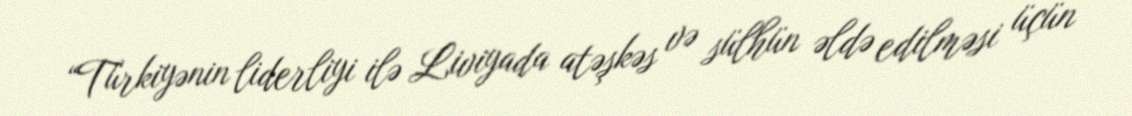
“Türkiyənin liderliyi ilə Liviyada atəşkəs və sülhün əldə edilməsi üçün